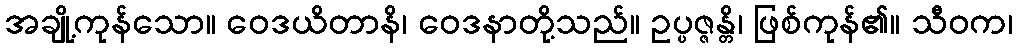
အချို့ကုန်သော။ ဝေဒယိတာနိ၊ ဝေဒနာတို့သည်။ ဥပ္ပဇ္ဇန္တိ၊ ဖြစ်ကုန်၏။ သီဝက၊